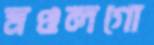
মণ্ডলগো